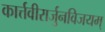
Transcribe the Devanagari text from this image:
कार्त्तवीरार्जुनविजयम्